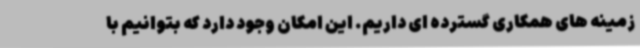
زمینه های همکاری گسترده ای داریم. این امکان وجود دارد که بتوانیم با